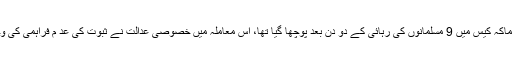
ملک کی پارلمنٹ میں یہ سوال مالیگاؤں دھماکہ کیس میں 9 مسلمانوں کی رہائی کے دو دن بعد پوچھا گیا تھا، اس معاملہ میں خصوصی عدالت نے ثبوت کی عد م فراہمی کی وجہ سے تمام ملزمین کو باعزت رہا کر دیا۔